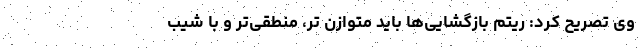
وی تصریح کرد: ریتم بازگشایی‌ها باید متوازن تر، منطقی‌تر و با شیب